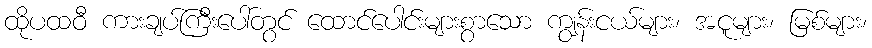
ထိုပထဝီ ကားချပ်ကြီးပေါ်တွင် ထောင်ပေါင်းများစွာသော ကျွန်းငယ်များ၊ အငူများ၊ မြစ်များ၊